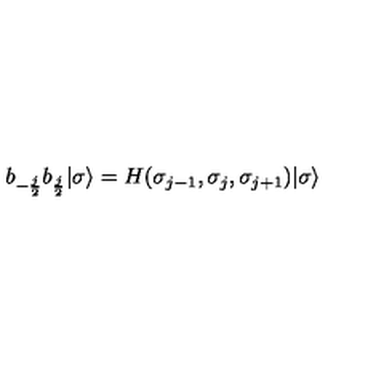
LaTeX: b _ { - { \frac { j } { 2 } } } b _ { { \frac { j } { 2 } } } | \sigma \rangle = H ( \sigma _ { j - 1 } , \sigma _ { j } , \sigma _ { j + 1 } ) | \sigma \rangle